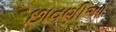
છાવણીઓ